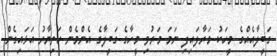
ގަބީލާއެއްގެ މީހަކު މަރާލައިފި ނަމަ މަރުވި މީހާގެ ގަބީލާގެ އެންމެން ހަތިޔާރު އަޅައިގެން